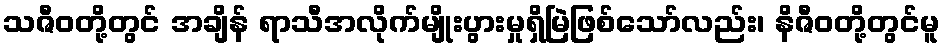
သဇီဝတို့တွင် အချိန် ရာသီအလိုက်မျိုးပွားမှုရှိမြဲဖြစ်သော်လည်း၊ နိဇီဝတို့တွင်မူ